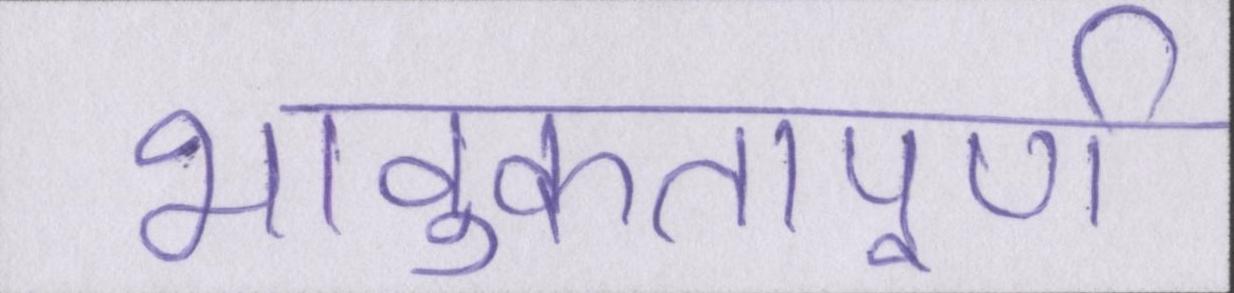
भावुकतापूर्ण